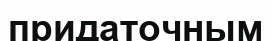
придаточным